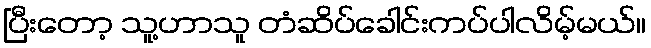
ပြီးတော့ သူ့ဟာသူ တံဆိပ်ခေါင်းကပ်ပါလိမ့်မယ်။